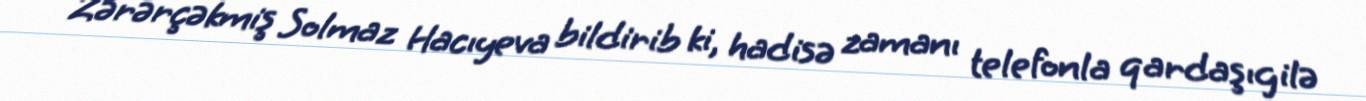
Zərərçəkmiş Solmaz Hacıyeva bildirib ki, hadisə zamanı telefonla qardaşıgilə